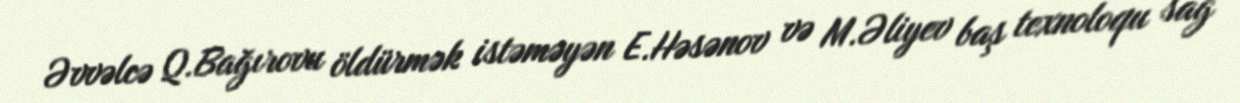
Əvvəlcə Q.Bağırovu öldürmək istəməyən E.Həsənov və M.Əliyev baş texnoloqu sağ